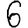
Digit: 6